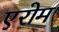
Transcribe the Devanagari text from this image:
एरोम